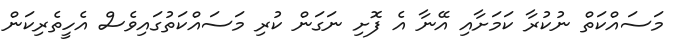
މަސައްކަތް ނުކުރާ ކަމަށާއި އޭނާ އެ ފޮށި ނަގަން ކުރި މަސައްކަތުގައިވެސް އެހީތެރިކަން